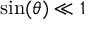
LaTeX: \sin ( \theta ) \ll 1